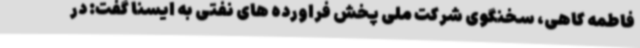
فاطمه کاهی، سخنگوی شرکت ملی پخش فراورده های نفتی به ایسنا گفت: در